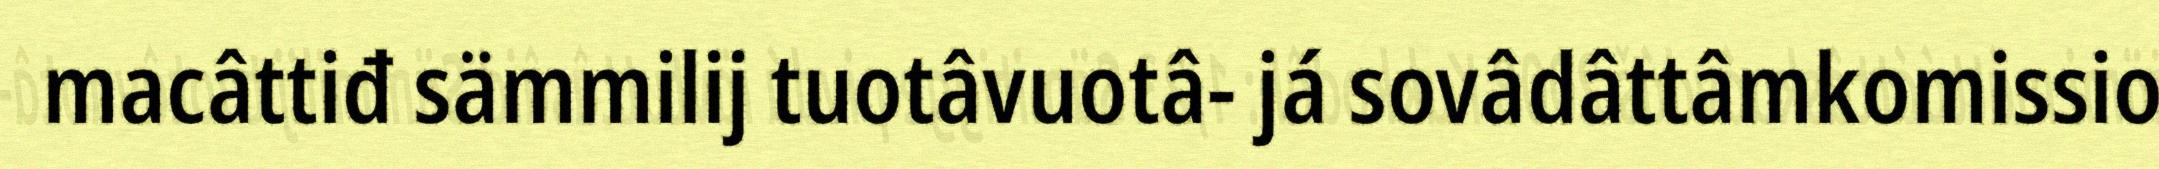
macâttiđ sämmilij tuotâvuotâ- já sovâdâttâmkomissio